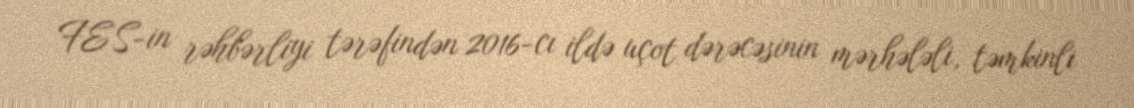
FES-in rəhbərliyi tərəfindən 2016-cı ildə uçot dərəcəsinin mərhələli, təmkinli